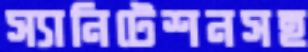
স্যানিটেশনসহ